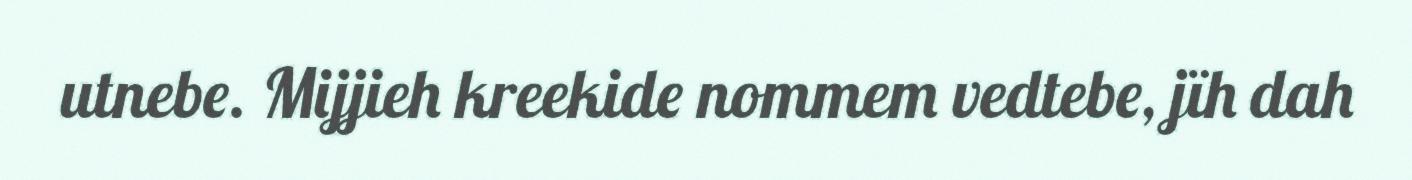
utnebe. Mijjieh kreekide nommem vedtebe, jïh dah